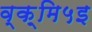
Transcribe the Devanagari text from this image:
व्क़्मि५इ